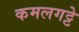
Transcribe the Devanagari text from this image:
कमलगट्टे